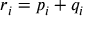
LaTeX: r _ { i } = p _ { i } + q _ { i }